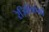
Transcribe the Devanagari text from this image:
रेज़िलिएंसी